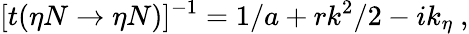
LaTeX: [t(\eta N\rightarrow\eta N)]^{-1}=1/a+rk^{2}/2-ik_{\eta}~,